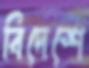
বিদেশে